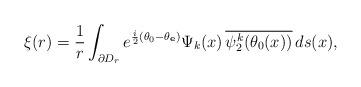
LaTeX: \begin{align*}\xi(r)=\frac1r\int_{\partial D_r}e^{\frac{i}{2}(\theta_0-\theta_{\mathbf e})}\Psi_k(x)\,\overline{\psi^k_2(\theta_0(x))}\,ds(x),\end{align*}